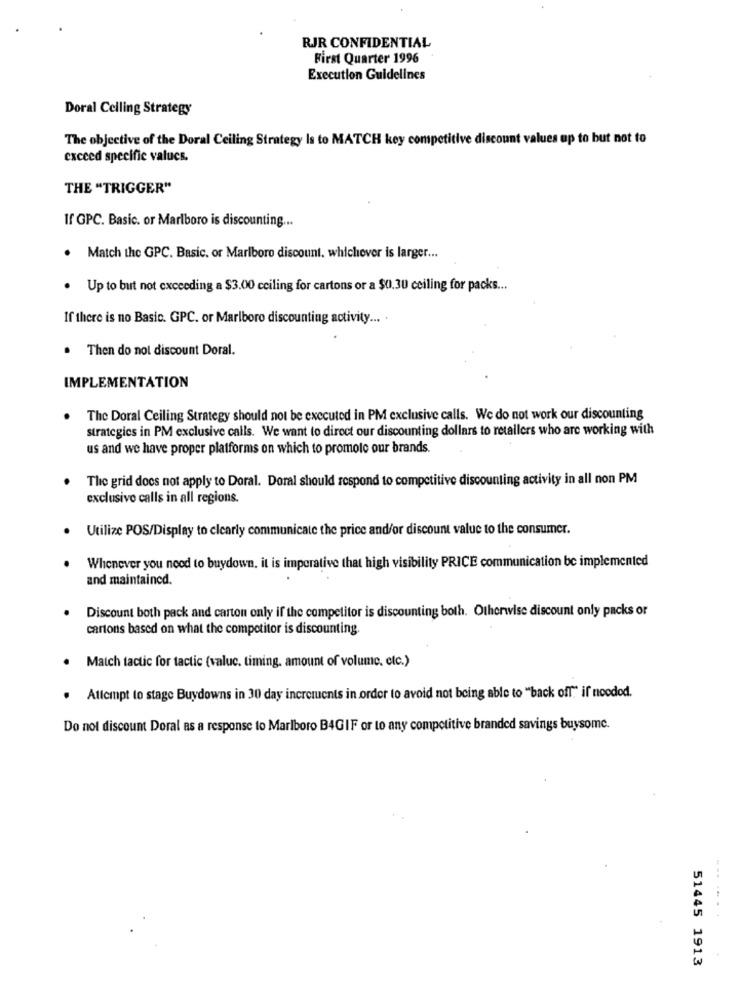
RJR CONFIDENTIAL
First Quarter 1996
Execution Guidelines
Doral Ceiling Strategy
The objective of the Doral Ceiling Strategy Is to MATCH key compet
dise
values up to but not to
exceed specific values.
THE "TRIGGER"
If GPC. Basic. or Marlboro is discounting ...
. Match the GPC. Basic, or Marlboro discount. whichever is larger ...
.
Up to but not exceeding a $3.00 ceiling for cartons or a $0.30 ceiling for packs ...
If there is no Basic. GPC. or Marlboro discounting activity ... .
. Then do not discount Doral.
IMPLEMENTATION
The Doral Ceiling Strategy should not be executed in PM exclusive calls. We do not work our discounting
strategies in PM exclusive calls. We want to direct our discounting dollars to retallers who are working with
us and we have proper platforms on which to promote our brands.
The grid does not apply to Doral. Doral should respond to competitive discounting activity in all non PM
exclusive calls in all regions.
Utilize POS/Display to clearly communicate the price and/or discount value to the consumer.
Whenever you need to buydown. it is imperative that high visibility PRICE communication be implemented
and maintained.
Discount both pack and carton only if the competitor is discounting both. Otherwise discount only packs or
cartons based on what the competitor is discounting.
· Match tactic for tactic (valuc. timing, amount of volume, etc.)
Attempt to stage Buydowns in 30 day increments in order to avoid not being able to "back off" if needed.
Do not discount Doral as a response to Marlboro B4GIF or to any competitive branded savings buysome.
51445 1913